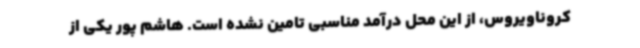
کروناویروس، از این محل درآمد مناسبی تامین نشده است. هاشم پور یکی از